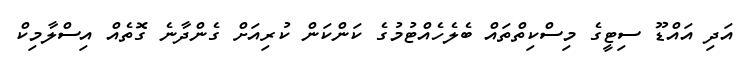
އަދި އައްޑޫ ސިޓީގެ މިސްކިތްތައް ބެލެހެއްޓުމުގެ ކަންކަން ކުރިއަށް ގެންދާނެ ގޮތެއް އިސްލާމިކް